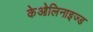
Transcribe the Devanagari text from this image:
केओलिनाइज्ड